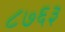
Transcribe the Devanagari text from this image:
८७६३